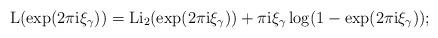
LaTeX: \begin{align*} \mathrm{L}(\exp({2\pi\mathrm{i} \xi_{\gamma}}))=\mathrm{Li}_2(\exp(2\pi\mathrm{i}\xi_{\gamma}))+\pi\mathrm{i}\xi_{\gamma}\log(1-\exp(2\pi\mathrm{i}\xi_{\gamma}));\end{align*}